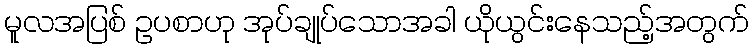
မူလအပြစ် ဥပစာဟု အုပ်ချုပ်သောအခါ ယိုယွင်းနေသည့်အတွက်